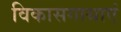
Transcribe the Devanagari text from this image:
विकासगाथाएं